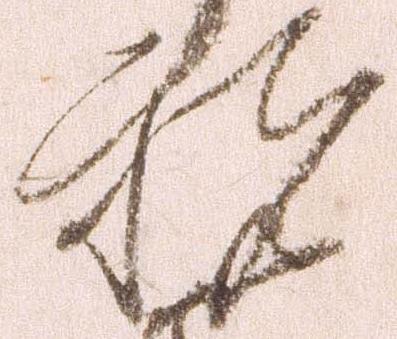
祝